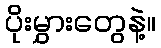
ပိုးမွှားတွေနဲ့။